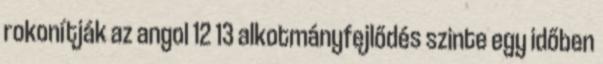
rokonítják az angol 12 13 alkotmányfejlődés szinte egy időben